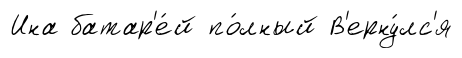
Ина батар'е́й по́лный В'ерну́лс'я